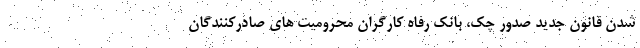
شدن قانون جدید صدور چک، بانک رفاه کارگران محرومیت های صادرکنندگان